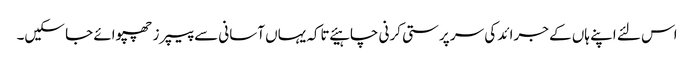
اس لئے اپنے ہاں کے جرائد کی سر پرستی کرنی چاہیئے تاکہ یہاں آسانی سے پیپرز چھپوائے جا سکیں۔